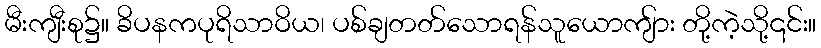
မီးကျီးစု၌။ ခိပနကပုရိသာဝိယ၊ ပစ်ချတတ်သောရန်သူယောကျ်ား တို့ကဲ့သို့၎င်း။